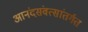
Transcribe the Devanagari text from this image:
आनंदसंवत्सांतर्गत